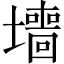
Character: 𫮶